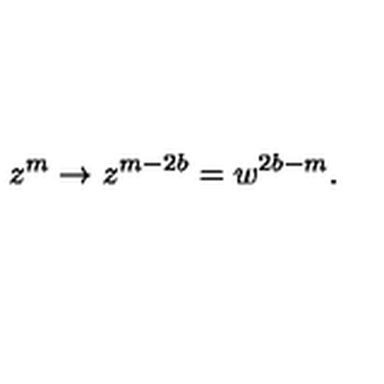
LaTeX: z ^ { m } \rightarrow z ^ { m - 2 b } = w ^ { 2 b - m } .